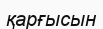
қарғысын